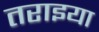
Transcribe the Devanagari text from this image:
तराइया